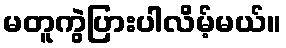
မတူကွဲပြားပါလိမ့်မယ်။